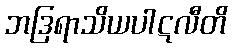
ဘဒြရာသိယပါဋလီတိ